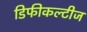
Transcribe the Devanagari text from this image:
डिफीकल्टीज